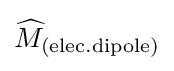
{\widehat {M}}_{\mathrm {(elec.dipole)} }